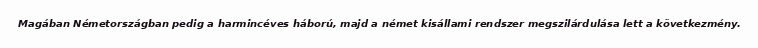
Magában Németországban pedig a harmincéves háború, majd a német kisállami rendszer megszilárdulása lett a következmény.